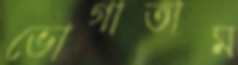
ভোগাতাম